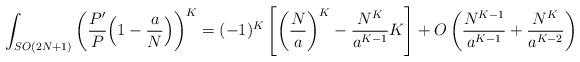
LaTeX: \begin{align*}\int_{SO(2N+1)} \left(\frac{P'}{P}\Big(1-\frac{a}{N}\Big)\right)^{K} = (-1)^K \left[ \left(\frac{N}{a}\right)^K - \frac{N^K}{a^{K-1}}K \right] + O\left(\frac{N^{K-1}}{a^{K-1}} + \frac{N^{K}}{a^{K-2}}\right) \end{align*}